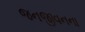
જનજીવનના